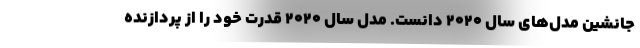
جانشین مدل‌های سال 2020 دانست. مدل سال 2020 قدرت خود را از پردازنده